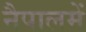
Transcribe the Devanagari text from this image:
नैपालमें